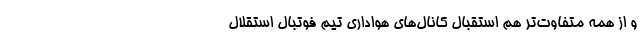
و از همه متفاوت‌تر هم استقبال کانال‌های هواداری تیم فوتبال استقلال